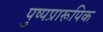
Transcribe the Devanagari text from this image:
पुष्पप्रारूपिक